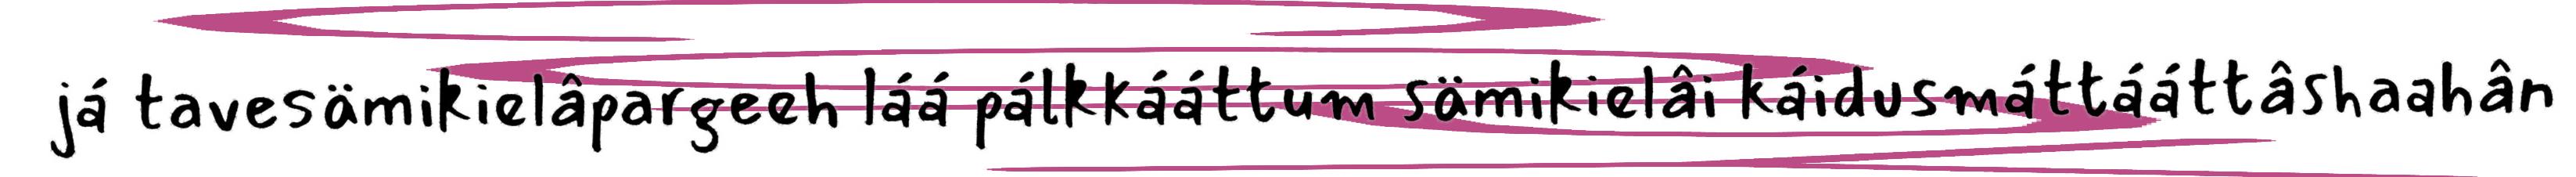
já tavesämikielâpargeeh láá pálkkááttum sämikielâi káidusmáttááttâshaahân